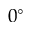
0 ^ { \circ }